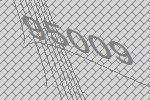
95009